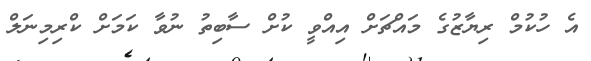
އެ ހުކުމް ރިޔާޒުގެ މައްޗަށް އިއްވީ ކުށް ސާބިތު ނުވާ ކަމަށް ކްރިމިނަލް